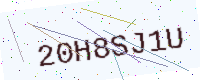
Text: 20H8SJ1U